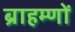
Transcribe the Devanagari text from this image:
ब्राहम्‍णों